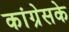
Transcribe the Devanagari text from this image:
कांग्रेसके